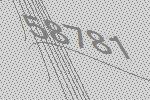
58781